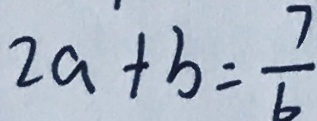
2 a + b = \frac { 7 } { 6 }